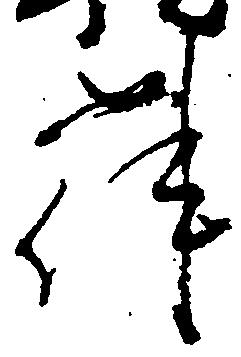
件